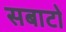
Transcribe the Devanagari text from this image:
सबाटो